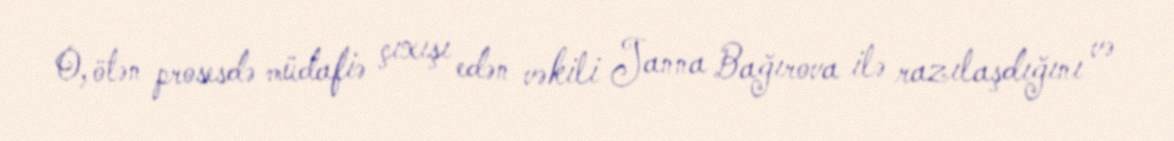
O, ötən prosesdə müdafiə çıxışı edən vəkili Janna Bağırova ilə razılaşdığını və